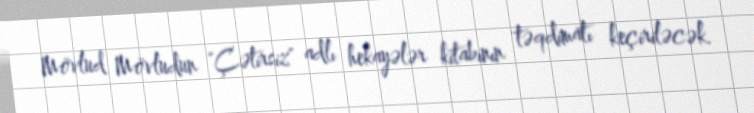
Mövlud Mövludun "Çətirsiz" adlı hekayələr kitabının təqdimatı keçiriləcək.